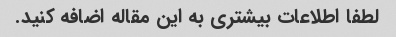
لطفا اطلاعات بیشتری به این مقاله اضافه کنید.